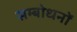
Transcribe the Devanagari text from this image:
सम्बोधनों